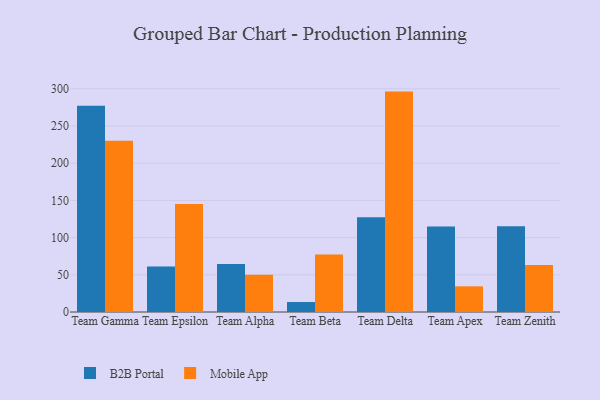
{"axis": {"x": "Team", "y": "Latency (ms)"}, "legend": ["B2B Portal", "Mobile App"], "data": [{"x": "Team Gamma", "y": 277.1, "type": "B2B Portal"}, {"x": "Team Gamma", "y": 230.0, "type": "Mobile App"}, {"x": "Team Epsilon", "y": 61.0, "type": "B2B Portal"}, {"x": "Team Epsilon", "y": 145.1, "type": "Mobile App"}, {"x": "Team Alpha", "y": 64.4, "type": "B2B Portal"}, {"x": "Team Alpha", "y": 50.2, "type": "Mobile App"}, {"x": "Team Beta", "y": 13.4, "type": "B2B Portal"}, {"x": "Team Beta", "y": 77.3, "type": "Mobile App"}, {"x": "Team Delta", "y": 127.3, "type": "B2B Portal"}, {"x": "Team Delta", "y": 296.2, "type": "Mobile App"}, {"x": "Team Apex", "y": 114.9, "type": "B2B Portal"}, {"x": "Team Apex", "y": 34.5, "type": "Mobile App"}, {"x": "Team Zenith", "y": 115.1, "type": "B2B Portal"}, {"x": "Team Zenith", "y": 63.1, "type": "Mobile App"}]}